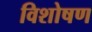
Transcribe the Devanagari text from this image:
विशोषण